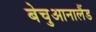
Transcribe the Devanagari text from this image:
बेचुआनालैंड